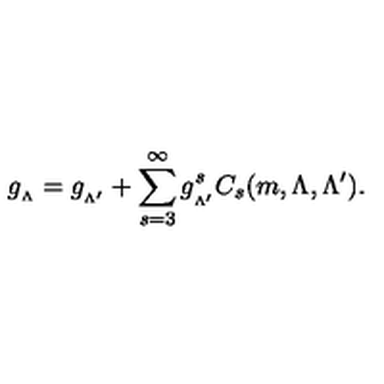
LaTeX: g _ { _ { \Lambda } } = g _ { _ { \Lambda ^ { \prime } } } + \sum _ { s = 3 } ^ { \infty } g _ { _ { \Lambda ^ { \prime } } } ^ { s } C _ { s } ( m , \Lambda , \Lambda ^ { \prime } ) .